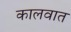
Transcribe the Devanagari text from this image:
कालवात